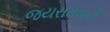
જયરામવાટી